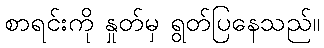
စာရင်းကို နှုတ်မှ ရွတ်ပြနေသည်။